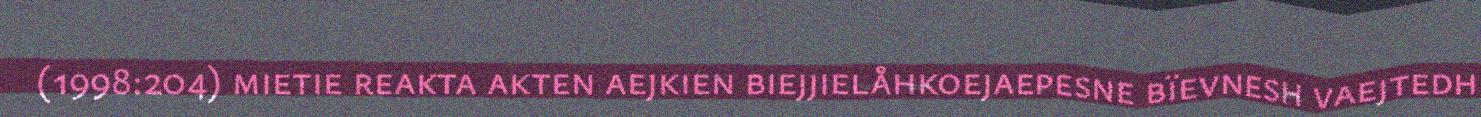
(1998:204) mietie reakta akten aejkien biejjielåhkoejaepesne bïevnesh vaejtedh